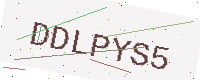
Text: DDLPYS5